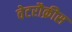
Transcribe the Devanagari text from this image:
वेटरौक्रीस